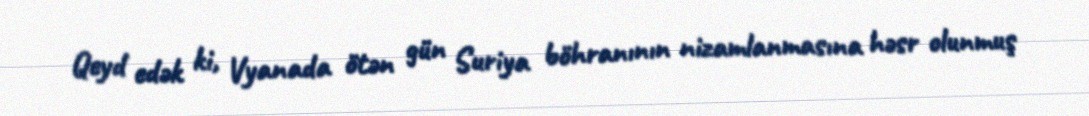
Qeyd edək ki, Vyanada ötən gün Suriya böhranının nizamlanmasına həsr olunmuş